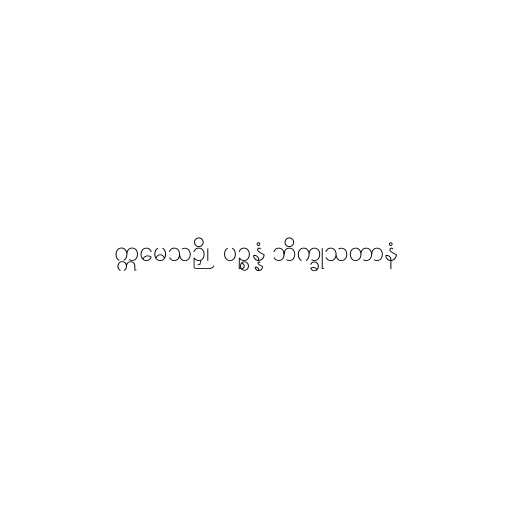
ဣမေသဉှိ၊  ပဉ္စန္နံ ဘိက္ခုသတာနံ